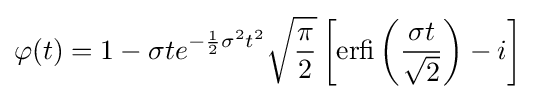
\varphi (t)=1-\sigma te^{-{\frac {1}{2}}\sigma ^{2}t^{2}}{\sqrt {\frac {\pi }{2}}}\left[\operatorname {erfi} \left({\frac {\sigma t}{\sqrt {2}}}\right)-i\right]